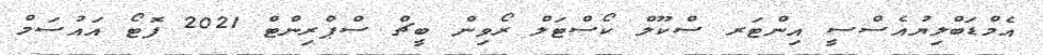
އެމްޑަބްލިޔުއެސްސީ އިންޓަރ ސްކޫލް ކޯސްޓަލް ރޯވިން ބީޗް ސްޕްރިންޓް 2021 ފޮޓޯ އައުސަމް